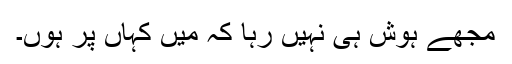
مجھے ہوش ہی نہیں رہا کہ میں کہاں پر ہوں۔